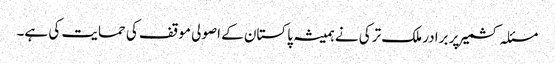
مسئلہ کشمیر پر برادر ملک ترکی نے ہمیشہ پاکستان کے اصولی موقف کی حمایت کی ہے۔